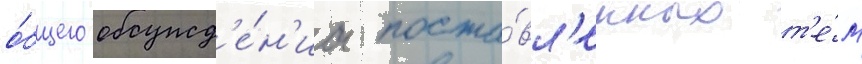
о́бщего обсужд'е́н'иа поста́вл'енных т'е́м